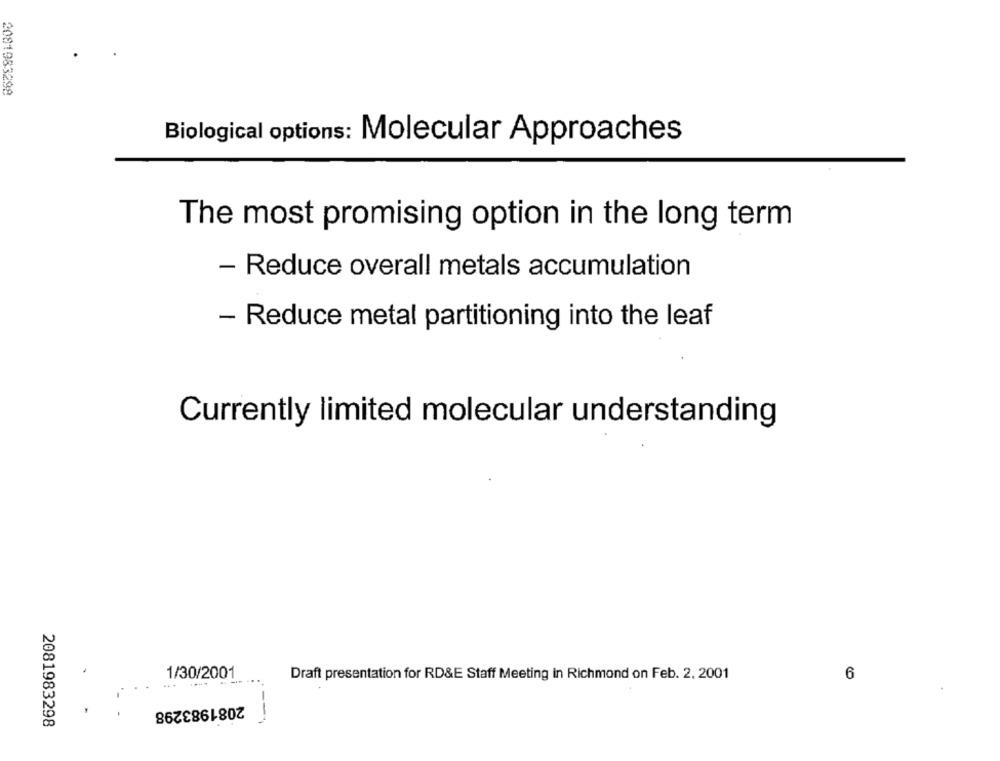
2081983298
Biological options: Molecular Approaches
The most promising option in the long term
- Reduce overall metals accumulation
- Reduce metal partitioning into the leaf
Currently limited molecular understanding
1/30/2001
Draft presentation for RD&E Staff Meeting In Richmond on Feb. 2. 2001
6
2081983298
2081983298